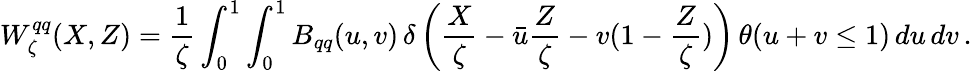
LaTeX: W_{\zeta}^{qq}(X,Z)=\frac 1{\zeta}\int_{0}^{1}\int_{0}^{1}B_{qq}(u,v)\, \delta\left(\frac{X}{\zeta}-\bar{u}\frac{Z}{\zeta}-v(1-\frac{Z}{\zeta})\right)\, \theta(u+v\leq 1)\, du\, dv\, .